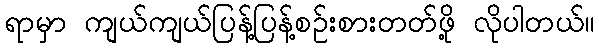
ရာမှာ ကျယ်ကျယ်ပြန့်ပြန့်စဉ်းစားတတ်ဖို့ လိုပါတယ်။